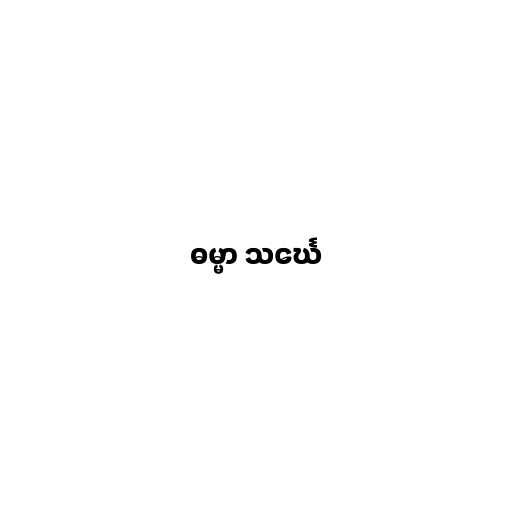
ဓမ္မာ သင်္ဃေ